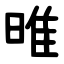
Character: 㫿